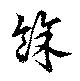
余